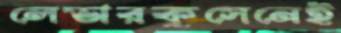
লেভারকুসেনেই